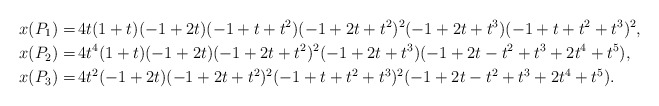
\begin{align*}x(P_1) = & \, 4 t (1 + t) (-1 + 2 t) (-1 + t + t^2) (-1 + 2 t + t^2)^2 (-1 + 2 t + t^3) (-1 + t + t^2 + t^3)^2,\\x(P_2) = & \, 4 t^4 (1 + t) (-1 + 2 t) (-1 + 2 t + t^2)^2 (-1 + 2 t + t^3) (-1 + 2 t - t^2 + t^3 + 2 t^4 + t^5),\\x(P_3) = & \, 4 t^2 (-1 + 2 t) (-1 + 2 t + t^2)^2 (-1 + t + t^2 + t^3)^2 (-1 + 2 t - t^2 + t^3 + 2 t^4 + t^5).\end{align*}